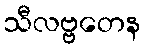
သီလဗ္ဗတေန